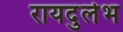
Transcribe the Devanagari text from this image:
रायदुर्लभ